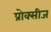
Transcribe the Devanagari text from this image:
प्रोक्सीज